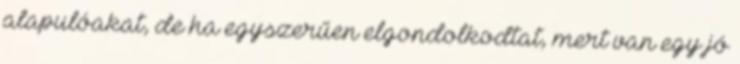
alapulóakat, de ha egyszerűen elgondolkodtat, mert van egy jó